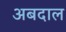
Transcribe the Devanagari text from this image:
अबदाल